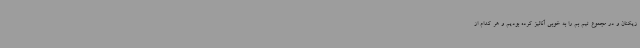
زیکنان و در مجموع تیم بم را به خوبی آنالیز کرده بودیم و هر کدام از